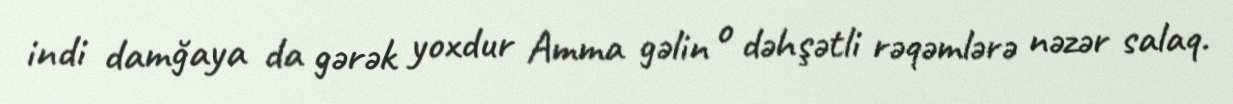
indi damğaya da gərək yoxdur Amma gəlin o dəhşətli rəqəmlərə nəzər salaq.